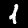
Digit: 1